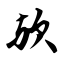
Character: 欤